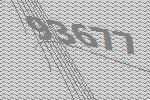
93677